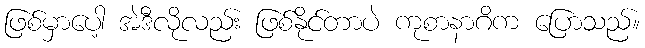
ဖြစ်မှာပေါ့ အဲဒီလိုလည်း ဖြစ်နိုင်တာပဲ ကုစာနာဂိက ပြောသည်။